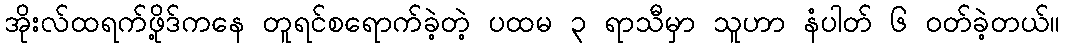
အိုးလ်ထရက်ဖို့ဒ်ကနေ တူရင်စရောက်ခဲ့တဲ့ ပထမ ၃ ရာသီမှာ သူဟာ နံပါတ် ၆ ဝတ်ခဲ့တယ်။